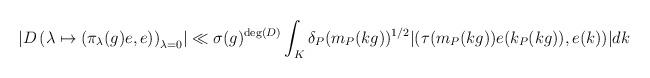
LaTeX: \begin{align*}\displaystyle \left\lvert D\left(\lambda\mapsto (\pi_\lambda(g)e,e)\right)_{\lambda=0}\right\rvert \ll \sigma(g)^{\deg(D)} \int_K \delta_P(m_P(kg))^{1/2} \lvert(\tau(m_P(kg))e(k_P(kg)),e(k))\rvert dk\end{align*}